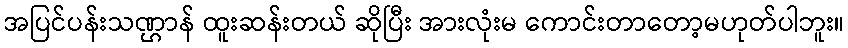
အပြင်ပန်းသဏ္ဌာန် ထူးဆန်းတယ် ဆိုပြီး အားလုံးမ ကောင်းတာတော့မဟုတ်ပါဘူး။